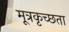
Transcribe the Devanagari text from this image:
मूत्रकृच्छता